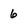
Character: 6